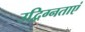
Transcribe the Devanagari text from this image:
उद्विग्नताएं